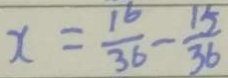
x = \frac { 1 6 } { 3 6 } - \frac { 1 5 } { 3 6 }